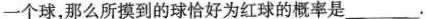
一个球，那么所摸到的球恰好为红球的概率是___.